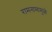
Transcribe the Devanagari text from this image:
रामनामामुळे